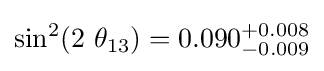
\sin ^{2}(2\ \theta _{13})=0.090_{-0.009}^{+0.008}